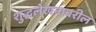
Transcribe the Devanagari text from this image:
शुद्धलेखनावरील